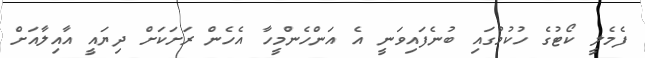
ފެމެލީ ކޯޓުގެ ހުކުމުގައި ބުނެފައިވަނީ އެ އަންހެންމީހާ އެހެން ރަށަކަށް ދިޔައީ އާއިލާއަށް